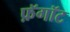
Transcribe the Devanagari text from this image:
फ़ॅगॉट